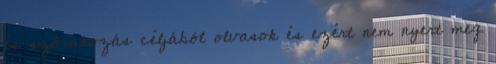
és szórakozás céljából olvasok és ezért nem nyert meg